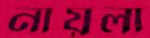
নায়লা